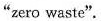
"zero waste".